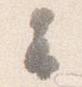
云